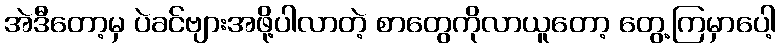
အဲဒီတော့မှ ပဲခင်ဗျားအဖို့ပါလာတဲ့ စာတွေကိုလာယူတော့ တွေ့ကြမှာပေါ့